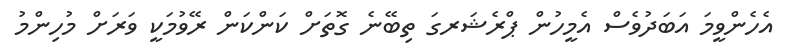
އެހެންވީމަ އަބަދުވެސް އެމީހުން ޕްރެޝަރގަ ތިބޭނެ ގޮތަށް ކަންކަން ރޭވުމަކީ ވަރަށް މުހިންމު